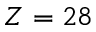
Z = 2 8